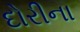
દોરીના